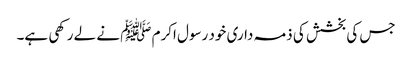
جس کی بخشش کی ذمہ داری خود رسول اکرم ﷺ نے لے رکھی ہے۔